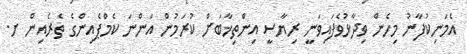
އެމަނިކުފާނު މިހެން ވިދާޅުވެފައިވަނީ ރިޔާސީ އިންތިޚާބަށް ކުރަމުން އަންނަ ކެމްޕެއިންގެ ތެރެއިން ށ.